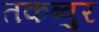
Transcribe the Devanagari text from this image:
तकब्बुर